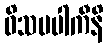
ဝိသမပါကီနိ